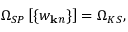
{ \Omega } _ { S P } \left[ \{ w _ { { \bf k } n } \} \right] = { \Omega } _ { K S } ,